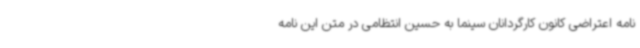
نامه اعتراضی کانون کارگردانان سینما به حسین انتظامی در متن این نامه